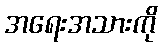
အရေးအသားကို